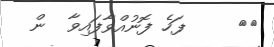
٦٢     ފަހެ ފޮނުއްވާފައިވާ  ން